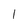
Character: l